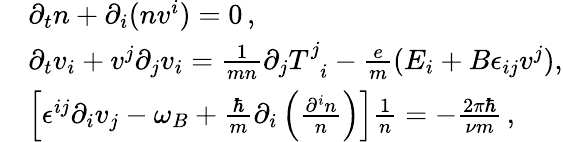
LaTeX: \begin{array}{rl}&{\partial_{t}n+\partial_{i}(nv^{i})=0\, ,}\\ &{\partial_{t}v_{i}+v^{j}\partial_{j}v_{i}=\frac{1}{mn}\partial_{j}T_{\, \, \, i}^{j}-\frac{e}{m}(E_{i}+B\epsilon_{ij}v^{j}),}\\ &{\left[\epsilon^{ij}\partial_{i}v_{j}-\omega_{B}+\frac{\hbar}{m}\partial_{i}\left(\frac{\partial^{i}n}{n}\right)\right]\frac{1}{n}=-\frac{2\pi\hbar}{\nu m}\, ,}\end{array}